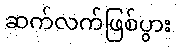
ဆက်လက်ဖြစ်ပွား